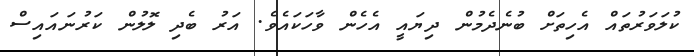
ކުލަވަރުތައް އެހިތަށް ބުނެދެމުން ދިޔައީ އެހެން ވާހަކައެވެ. އަރު ބެދި ލޮލުން ކަރުނައައިސް